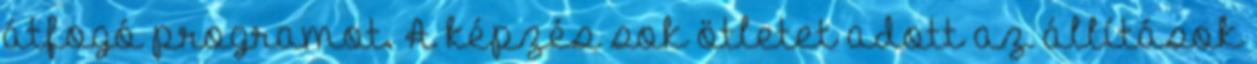
átfogó programot. A képzés sok ötletet adott az állítások